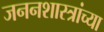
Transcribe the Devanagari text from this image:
जननशास्त्रांच्या